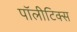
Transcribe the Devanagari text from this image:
पॉलीटिक्स